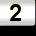
Digit: 2